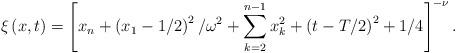
LaTeX: \begin{align*}\xi \left( x,t\right) =\left[ x_{n}+\left( x_{1}-1/2\right) ^{2}/\omega ^{2}+\displaystyle\sum\limits\limits_{k=2}^{n-1}x_{k}^{2}+\left( t-T/2\right)^{2}+1/4\right] ^{-\nu }. \end{align*}